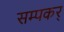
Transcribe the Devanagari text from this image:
सम्पकर्